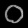
Digit: ၀